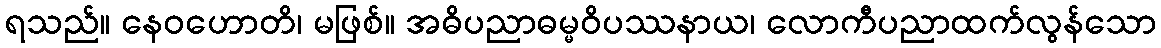
ရသည်။ နေဝဟောတိ၊ မဖြစ်။ အဓိပညာဓမ္မဝိပဿနာယ၊ လောကီပညာထက်လွန်သော